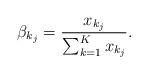
LaTeX: \begin{align*}\beta_{k_j} = \frac{x_{k_j}}{\sum_{k=1}^K x_{k_j}}. \end{align*}